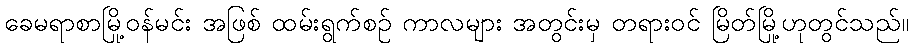
ခေမရာစာမြို့ဝန်မင်း အဖြစ် ထမ်းရွက်စဉ် ကာလများ အတွင်းမှ တရားဝင် မြိတ်မြို့ဟုတွင်သည်။